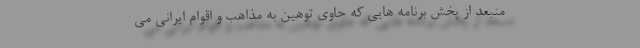
منبعد از پخش برنامه هایی که حاوی توهین به مذاهب و اقوام ایرانی می